Account of plague administration in the Bombay Presidency from September 1896 till May 1897
Year: 1896
Disease focus: Plague
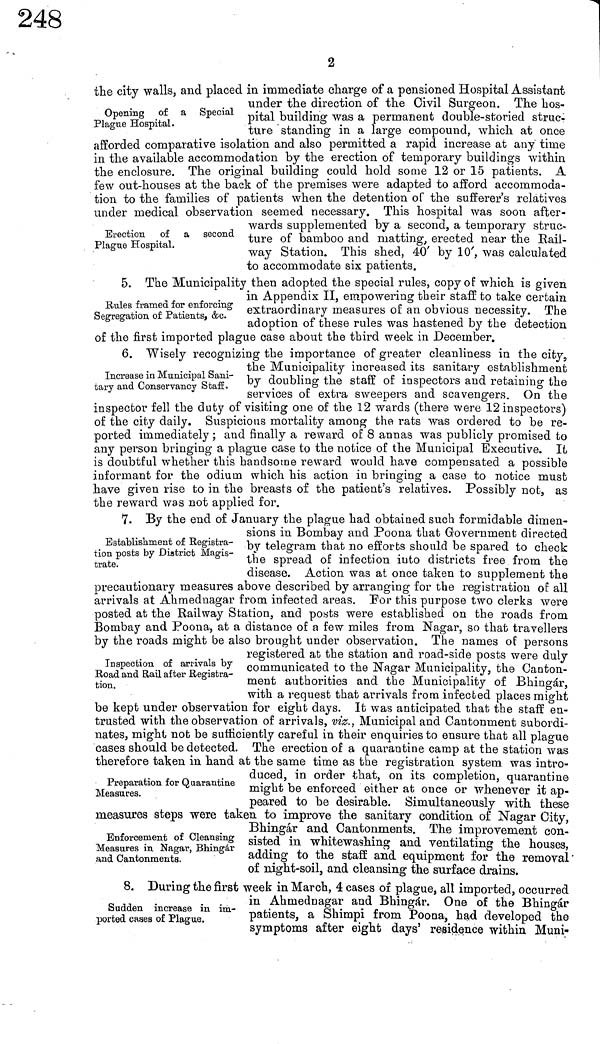
2
Opening of a Special
Plague Hospital.
the city walls, and placed in immediate charge of a pensioned Hospital Assistant
under the direction of the Civil Surgeon. The hos-
pital building was a permanent double-storied struc-
ture standing in a large compound, which at once
afforded comparative isolation and also permitted a rapid increase at any time
in the available accommodation by the erection of temporary buildings within
the enclosure. The original building could hold some 12 or 15 patients. A
few out-houses at the back of the premises were adapted to afford accommoda-
tion to the families of patients when the detention of the sufferer's relatives
under medical observation seemed necessary. This hospital was soon after-
wards supplemented by a second, a temporary struc-
ture of bamboo and matting, erected near the Rail-
way Station. This shed, 40' by 10', was calculated
to accommodate six patients.
Erection of a second
Plague Hospital.
Rules framed for enforcing
Segregation of Patients, &c.
5. The Municipality then adopted the special rules, copy of which is given
in Appendix II, empowering their staff to take certain
extraordinary measures of an obvious necessity. The
adoption of these rules was hastened by the detection
of the first imported plague case about the third week in December.
Increase in Municipal Sani-
tary and Conservancy Staff.
6. Wisely recognizing the importance of greater cleanliness in the city
the Municipality increased its sanitary establishment
by doubling the staff of inspectors and retaining the
services of extra sweepers and scavengers. On the
inspector fell the duty of visiting one of the 12 wards (there were 12 inspectors)
of the city daily. Suspicious mortality among the rats was ordered to be re-
ported immediately ; and finally a reward of 8 annas was publicly promised to
any person bringing a plague case to the notice of the Municipal Executive. It
is doubtful whether this handsome reward would have compensated a possible
informant for the odium which his action in bringing a case to notice must
have given rise to in the breasts of the patient's relatives. Possibly nob, as
the reward was not applied for.
Establishment of Registra-
tion posts by District Magis-
trate.
7. By the end of January the plague had obtained such formidable dimen-
sions in Bombay and Poona that Government directed
by telegram that no efforts should be spared to check
the spread of infection into districts free from the
disease. Action was at once taken to supplement the
precautionary measures above described by arranging for the registration of all
arrivals at Ahmednagar from infected areas. Por this purpose two clerks were
posted at the Railway Station, and posts were established on the roads from
Bombay and Poona, at a distance of a few miles from Nagar, so that travellers
by the roads might be also brought under observation. The names of persons
Inspection of arrivals by
Road and Rail after Registra-
tion.
registered at the station and road-side posts were duly
communicated to the Nagar Municipality, the Canton-
ment authorities and the Municipality of Bhingár,
with a request that arrivals from infected places might
be kept under observation for eight days. It was anticipated that the staff en-
trusted with the observation of arrivals, viz., Municipal and Cantonment subordi-
nates, might not be sufficiently careful in their enquiries to ensure that all plague
cases should be detected. The erection of a quarantine camp at the station was
therefore taken in hand at the same time as the registration system was intro-
Preparation for Quarantine
Measures.
duced, in order that, on its completion, quarantine
might be enforced either at once or whenever it ap-
peared to be desirable. Simultaneously with these
measures steps were taken to improve the sanitary condition of Nagar City
Enforcement of Cleansing
Measures in Nagar, Bhingár
and Cantonments.
Bhingár and Cantonments, The improvement con-
sisted in whitewashing and ventilating the houses,
adding to the staff and equipment for the removal
of night-soil, and cleansing the surface drains.
Sudden increase in im-
ported cases of Plague.
8. During the first week in March, 4 cases of plague. all imported, occurred
in Ahmednagar and Bhingár. One "of the Bhingár
patients, a Shimpi from Poona, had developed the
symptoms after eight days' residence within Muni-